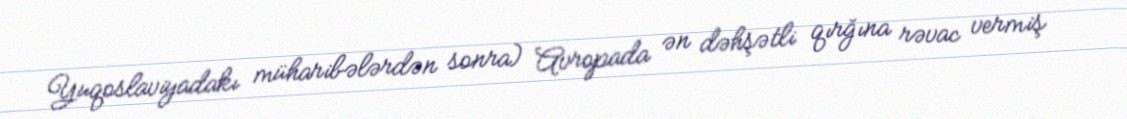
Yuqoslaviyadakı müharibələrdən sonra) Avropada ən dəhşətli qırğına rəvac vermiş